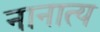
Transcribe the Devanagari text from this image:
नानात्य